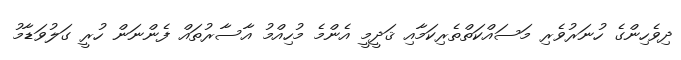
ދިވެހިންގެ ހުނަރުވެރި މަސައްކަތްތެރިކަމާއި ޤަދީމީ އެންމެ މުހިއްމު އާސާރުތައް ފެންނަން ހުރީ ގަލުވަޑާމު